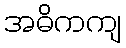
အဓိကကျ